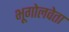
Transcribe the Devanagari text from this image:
भूगोलवेता